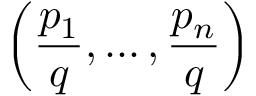
\left( { \frac { p _ { 1 } } { q } } , \ldots , { \frac { p _ { n } } { q } } \right)